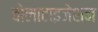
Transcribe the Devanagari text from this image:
वोलाटाइजेशन